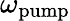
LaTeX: \omega_{\mathrm{pump}}